Pusta,_Kaarel_Robert, lk 78
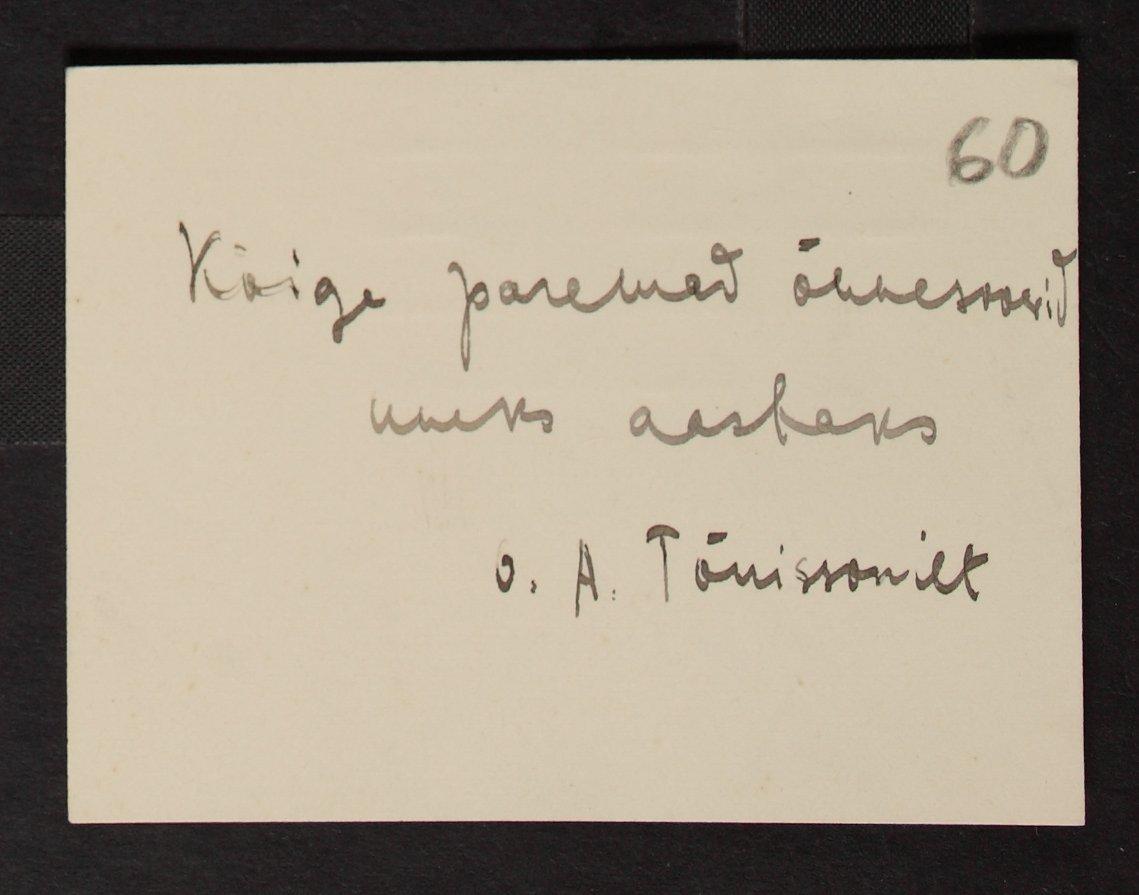
60
Kõige paremad õnnesoowid
uueks aastaks.
G. A. Tõnissonilt